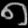
Digit: ၈